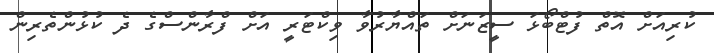
ކުރިއަށް އޮތް ފުޓްބޯޅަ ސީޒަނަށް ތައްޔާރުވާ ވިކްޓަރީ އަށް ފްރާންސްގެ ދެ ކުޅުންތެރިން